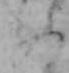
ふ